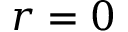
r = 0